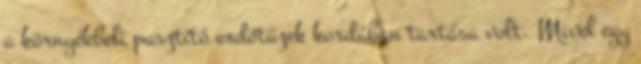
a környékbeli pusztító erdőtüzek kordában tartása volt. Mivel egy